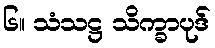
၆။ သံသဋ္ဌ သိက္ခာပုဒ်